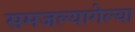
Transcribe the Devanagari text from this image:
समजल्यागेल्या